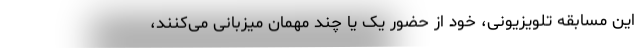
این مسابقه تلویزیونی، خود از حضور یک یا چند مهمان میزبانی می‌کنند،